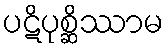
ပဋိပုစ္ဆိဿာမ